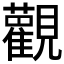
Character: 𫟜